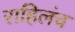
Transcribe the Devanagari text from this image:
राहिलंच